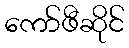
ကော်ဖီဆိုင်